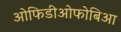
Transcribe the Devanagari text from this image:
ओफिडीओफोबिआ